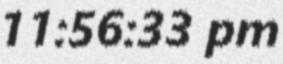
11:56:33 pm